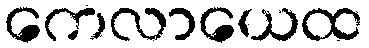
ကေလာယေထ